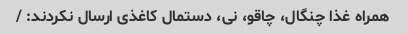
همراه غذا چنگال، چاقو، نی، دستمال کاغذی ارسال نکردند: /